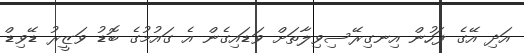
އަދި އޭގެ ފަހުން އިނގިރޭސިވިލާތަށް ވަޑައިގެން އެ ގައުމުގެ ބޮޑު ވަޒީރު ޑޭވިޑް